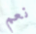
نعم